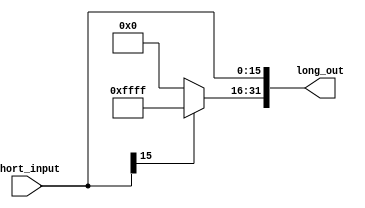
`ifndef MODULE_SIGNEXTEND
`define MODULE_SIGNEXTEND
`timescale 1ns / 1ps

module SignExtend(
    input [15:0] short_input,
    output [31:0] long_out
    );
    assign long_out[15:0] = short_input[15:0];
    assign long_out[31:16] = short_input[15]?16'b1111111111111111:16'b0;
endmodule
`endif